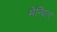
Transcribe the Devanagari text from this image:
मेन्विल